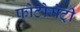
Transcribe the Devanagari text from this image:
फ़ोटोमेट्री